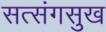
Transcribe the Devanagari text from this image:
सत्संगसुख